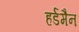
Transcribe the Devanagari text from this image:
हर्डमैन